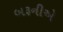
બરૂનીએ